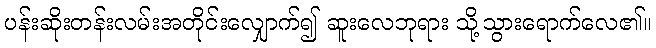
ပန်းဆိုးတန်းလမ်းအတိုင်းလျှောက်၍ ဆူးလေဘုရား သို့သွားရောက်လေ၏။